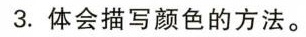
3.体会描写颜色的方法。